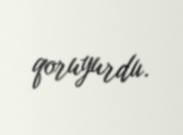
qoruyurdu.